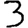
Digit: 3